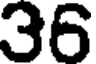
36